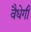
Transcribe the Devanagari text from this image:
वैधेगी